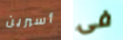
أسبرين فى